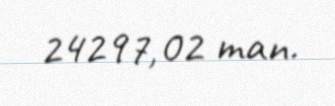
24297,02 man.